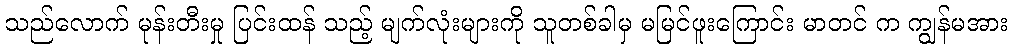
သည်လောက် မုန်းတီးမှု ပြင်းထန် သည့် မျက်လုံးများကို သူတစ်ခါမှ မမြင်ဖူးကြောင်း မာတင် က ကျွန်မအား